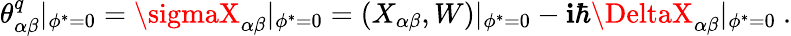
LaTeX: \theta_{\alpha\beta}^{q}|_{\phi^{*}=0}=\sigmaX_{\alpha\beta}|_{\phi^{*}=0}=(X_{\alpha\beta},W)|_{\phi^{*}=0}-\mathbf{i}\hbar\DeltaX_{\alpha\beta}|_{\phi^{*}=0}\ .